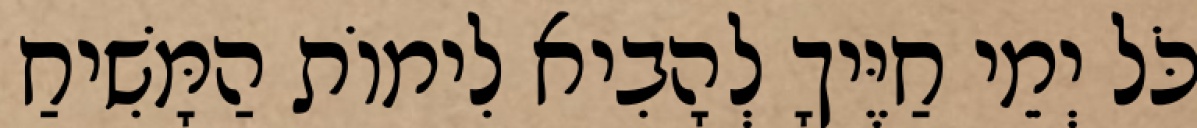
כֹּל יְמֵי חַיֶּיךָ לְהָבִיא לִימוֹת הַמָּשִׁיחַ